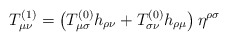
\begin{align*}T_{\mu\nu}^{(1)} =\left( T_{\mu\sigma}^{(0)}h_{\rho\nu} + T_{\sigma\nu}^{(0)}h_{\rho\mu} \right)\eta^{\rho\sigma}\end{align*}